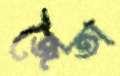
জৈতা